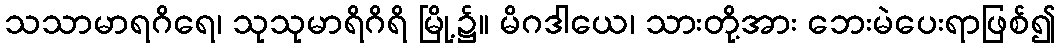
သသာမာရဂိရေ၊ သုသုမာရိဂိရိ မြို့၌။ မိဂဒါယေ၊ သားတို့အား ဘေးမဲပေးရာဖြစ်၍